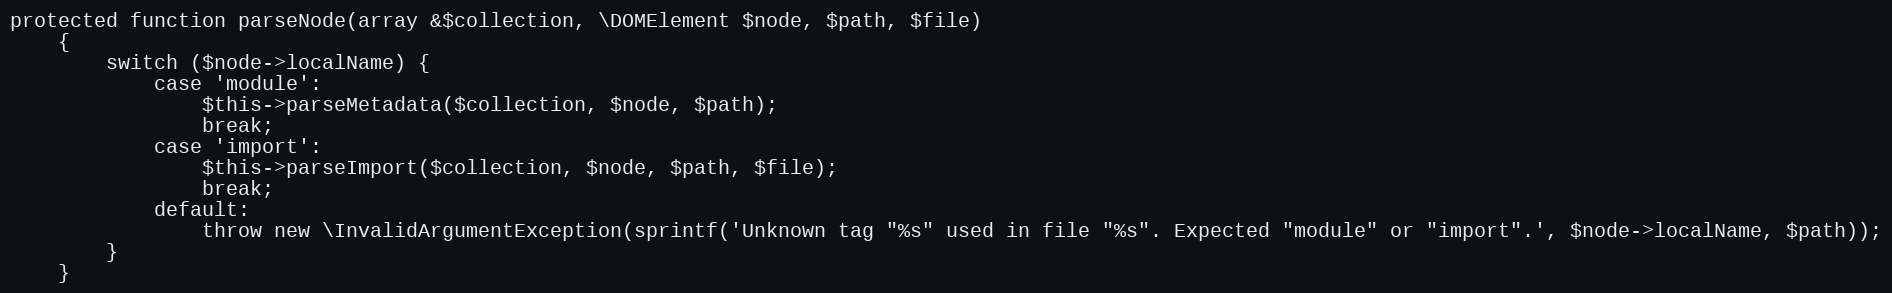
Language: PHP
protected function parseNode(array &$collection, \DOMElement $node, $path, $file)
    {
        switch ($node->localName) {
            case 'module':
                $this->parseMetadata($collection, $node, $path);
                break;
            case 'import':
                $this->parseImport($collection, $node, $path, $file);
                break;
            default:
                throw new \InvalidArgumentException(sprintf('Unknown tag "%s" used in file "%s". Expected "module" or "import".', $node->localName, $path));
        }
    }